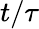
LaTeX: t/{\tau}